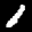
Label: 1